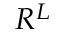
R ^ { L }